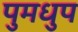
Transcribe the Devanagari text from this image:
पुमधुप